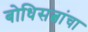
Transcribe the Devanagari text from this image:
बोधिसत्वांचा